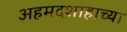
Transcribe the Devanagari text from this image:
अहमदशाहाच्या